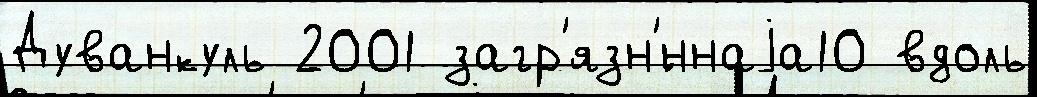
Дуванкуль 2001 загр'язн'́ннаjа10 вдоль